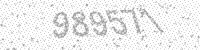
Solution: 989571